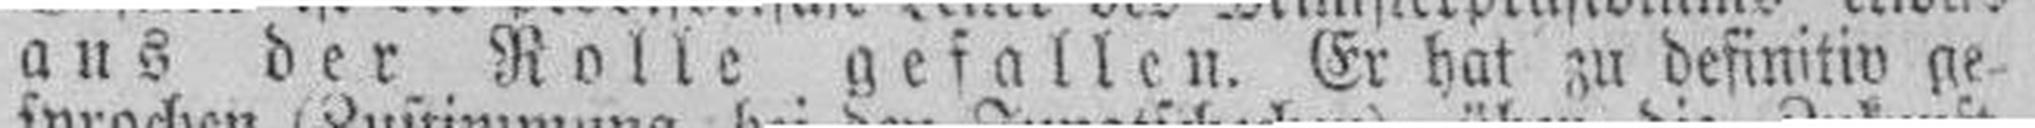
aus der Rolle gefallen. Er hat zu definitiv ge¬